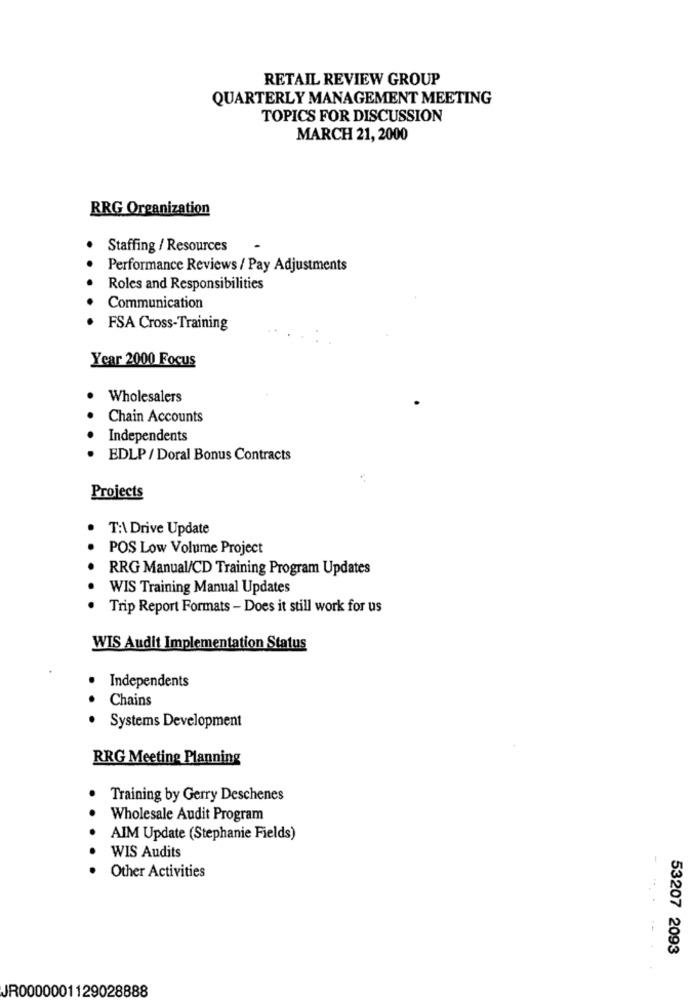
RETAIL REVIEW GROUP
QUARTERLY MANAGEMENT MEETING
TOPICS FOR DISCUSSION
MARCH 21, 2000
RRG Organization
Staffing / Resources
Performance Reviews / Pay Adjustments
Roles and Responsibilities
Communication
FSA Cross-Training
Year 2000 Focus
Wholesalers
Chain Accounts
Independents
EDLP / Doral Bonus Contracts
Projects
T:\ Drive Update
POS Low Volume Project
RRG Manual/CD Training Program Updates
WIS Training Manual Updates
Trip Report Formats - Does it still work for us
WIS Audit Implementation Status
.
Independents
.
Chains
Systems Development
RRG Meeting Planning
Training by Gerry Deschenes
Wholesale Audit Program
AIM Update (Stephanie Fields)
WIS Audits
Other Activities
53207 2093
JR0000001129028888